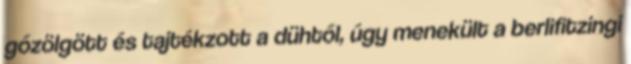
gőzölgött és tajtékzott a dühtől, úgy menekült a berlifitzingi